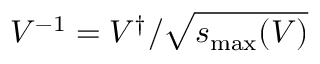
V ^ { - 1 } = V ^ { \dagger } / \sqrt { s _ { \mathrm { m a x } } ( V ) }